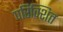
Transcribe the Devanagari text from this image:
परिक्शित